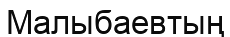
Малыбаевтың